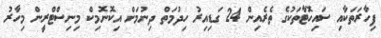
ފިހާރަތަކާއި ސައިހޮޓާތަކުގެ ތެރެއިން 24 ގަޑިއިރު ހިދުމަތް ދިނުމަށް އިކޮނޮމިކް މިނިސްޓްރީން މިހާރު